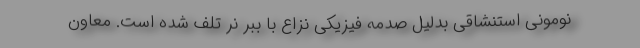
نومونی استنشاقی بدلیل صدمه فیزیکی نزاع با ببر نر تلف شده است. معاون